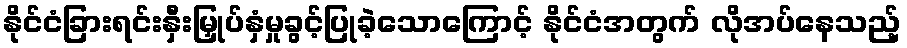
နိုင်ငံခြားရင်းနှီးမြှုပ်နှံမှုခွင့်ပြုခဲ့သောကြောင့် နိုင်ငံအတွက် လိုအပ်နေသည့်